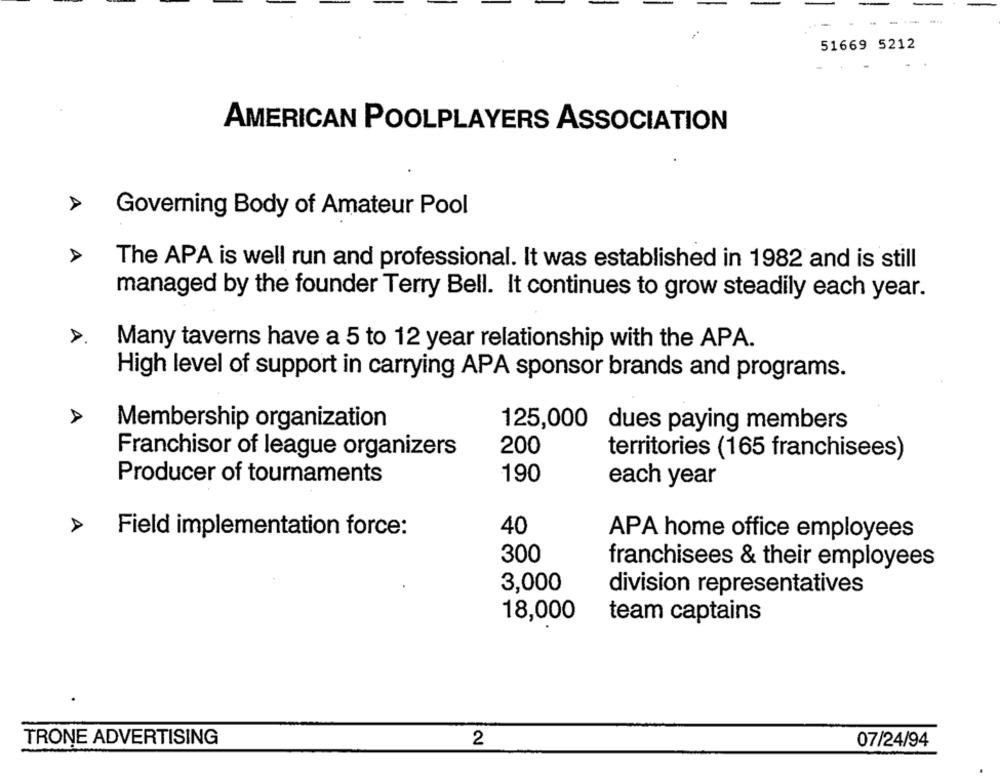
-- -
51669 5212
AMERICAN POOLPLAYERS ASSOCIATION
Governing Body of Amateur Pool
The APA is well run and professional. It was established in 1982 and is still
managed by the founder Terry Bell. It continues to grow steadily each year.
Many taverns have a 5 to 12 year relationship with the APA.
High level of support in carrying APA sponsor brands and programs.
Membership organization
125,000 dues paying members
200
Franchisor of league organizers
territories (165 franchisees)
Producer of tournaments
190
each year
40
Field implementation force:
APA home office employees
300
franchisees & their employees
3,000
division representatives
18,000
team captains
TRONE ADVERTISING
2
07/24/94